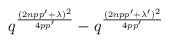
LaTeX: \begin{align*}q^{(2npp'+\lambda)^2\over 4pp'}-q^{(2npp'+\lambda')^2\over 4pp'}\end{align*}